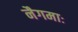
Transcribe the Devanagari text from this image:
नैगमाः